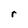
Character: r